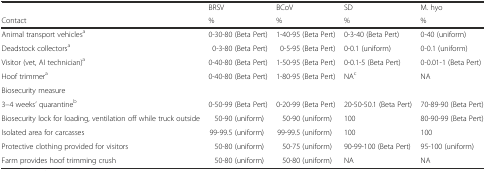
<table><thead><tr><td></td><td><b>BRSV</b></td><td><b>BCoV</b></td><td><b>SD</b></td><td><b>M. hyo</b></td></tr><tr><td><b>Contact</b></td><td><b>%</b></td><td><b>%</b></td><td><b>%</b></td><td><b>%</b></td></tr></thead><tbody><tr><td>Animal transport vehicles<sup>a</sup></td><td>0-30-80 (Beta Pert)</td><td>1-40-95 (Beta Pert)</td><td>0-3-40 (Beta Pert)</td><td>0-40 (uniform)</td></tr><tr><td>Deadstock collectors<sup>a</sup></td><td>0-3-80 (Beta Pert)</td><td>0-5-95 (Beta Pert)</td><td>0-0.1 (uniform)</td><td>0-0.1 (uniform)</td></tr><tr><td>Visitor (vet, AI technician)<sup>a</sup></td><td>0-40-80 (Beta Pert)</td><td>1-50-95 (Beta Pert)</td><td>0-0.1-5 (Beta Pert)</td><td>0-0.01-1 (Beta Pert)</td></tr><tr><td>Hoof trimmer<sup>a</sup></td><td>0-40-80 (Beta Pert)</td><td>1-80-95 (Beta Pert)</td><td>NA<sup>c</sup></td><td>NA</td></tr><tr><td colspan="5">Biosecurity measure</td></tr><tr><td>3–4 weeks’ quarantine<sup>b</sup></td><td>0-50-99 (Beta Pert)</td><td>0-20-99 (Beta Pert)</td><td>20-50-50.1 (Beta Pert)</td><td>70-89-90 (Beta Pert)</td></tr><tr><td>Biosecurity lock for loading, ventilation off while truck outside</td><td>50-90 (uniform)</td><td>50-90 (uniform)</td><td>100</td><td>80-90-99 (Beta Pert)</td></tr><tr><td>Isolated area for carcasses</td><td>99-99.5 (uniform)</td><td>99-99.5 (uniform)</td><td>100</td><td>100</td></tr><tr><td>Protective clothing provided for visitors</td><td>50-80 (uniform)</td><td>50-75 (uniform)</td><td>90-99-100 (Beta Pert)</td><td>95-100 (uniform)</td></tr><tr><td>Farm provides hoof trimming crush</td><td>50-80 (uniform)</td><td>50-80 (uniform)</td><td>NA</td><td>NA</td></tr></tbody></table>